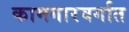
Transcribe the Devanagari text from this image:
कामगारवर्गात